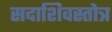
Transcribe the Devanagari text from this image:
सदाशिवस्तोत्र